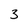
Character: 3